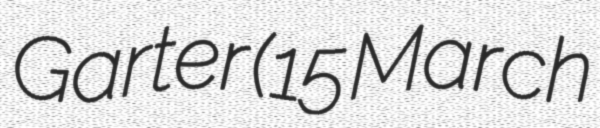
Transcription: Garter (15 March